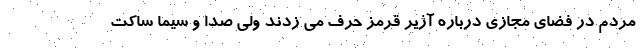
مردم در فضای مجازی درباره آژیر قرمز حرف می زدند ولی صدا و سیما ساکت